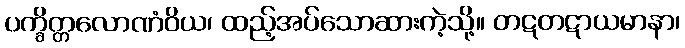
ပက္ခိတ္တလောဏံဝိယ၊ ထည့်အပ်သောဆားကဲ့သို့။ တဋတဋာယမာနာ၊